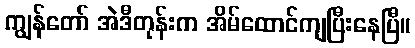
ကျွန်တော် အဲဒီတုန်းက အိမ်ထောင်ကျပြီးနေပြီ။